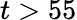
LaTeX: t>55